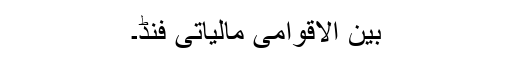
بین الاقوامی مالیاتی فنڈ۔